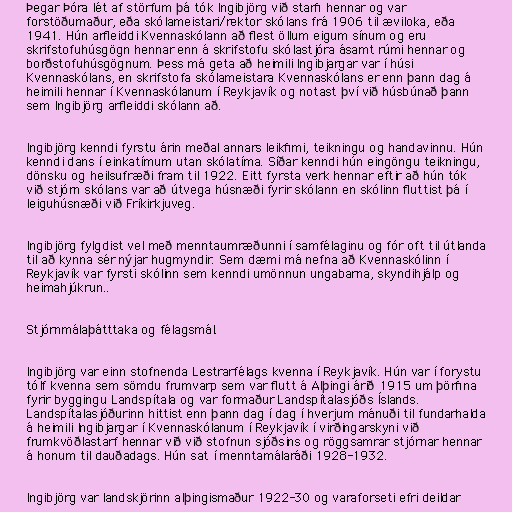
Þegar Þóra lét af störfum þá tók Ingibjörg við starfi hennar og var
forstöðumaður, eða skólameistari/rektor skólans frá 1906 til æviloka, eða
1941. Hún arfleiddi Kvennaskólann að flest öllum eigum sínum og eru
skrifstofuhúsgögn hennar enn á skrifstofu skólastjóra ásamt rúmi hennar og
borðstofuhúsgögnum. Þess má geta að heimili Ingibjargar var í húsi
Kvennaskólans, en skrifstofa skólameistara Kvennaskólans er enn þann dag á
heimili hennar í Kvennaskólanum í Reykjavík og notast því við húsbúnað þann
sem Ingibjörg arfleiddi skólann að.

Ingibjörg kenndi fyrstu árin meðal annars leikfimi, teikningu og handavinnu. Hún
kenndi dans í einkatímum utan skólatíma. Síðar kenndi hún eingöngu teikningu,
dönsku og heilsufræði fram til 1922. Eitt fyrsta verk hennar eftir að hún tók
við stjórn skólans var að útvega húsnæði fyrir skólann en skólinn fluttist þá í
leiguhúsnæði við Fríkirkjuveg.

Ingibjörg fylgdist vel með menntaumræðunni í samfélaginu og fór oft til útlanda
til að kynna sér nýjar hugmyndir. Sem dæmi má nefna að Kvennaskólinn í
Reykjavík var fyrsti skólinn sem kenndi umönnun ungabarna, skyndihjálp og
heimahjúkrun..

Stjórnmálaþátttaka og félagsmál.

Ingibjörg var einn stofnenda Lestrarfélags kvenna í Reykjavík. Hún var í forystu
tólf kvenna sem sömdu frumvarp sem var flutt á Alþingi árið 1915 um þörfina
fyrir byggingu Landspítala og var formaður Landspítalasjóðs Íslands.
Landspítalasjóðurinn hittist enn þann dag í dag í hverjum mánuði til fundarhalda
á heimili Ingibjargar í Kvennaskólanum í Reykjavík í virðingarskyni við
frumkvöðlastarf hennar við við stofnun sjóðsins og röggsamrar stjórnar hennar
á honum til dauðadags. Hún sat í menntamálaráði 1928-1932.

Ingibjörg var landskjörinn alþingismaður 1922-30 og varaforseti efri deildar